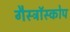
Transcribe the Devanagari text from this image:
गैस्ट्रॉस्कोप